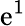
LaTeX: \mathrm{e}^{1}